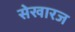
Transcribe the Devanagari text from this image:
सेखारज